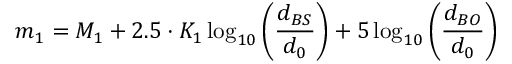
m _ { 1 } = M _ { 1 } + 2 . 5 \cdot K _ { 1 } \log _ { 1 0 } { \left( { \frac { d _ { B S } } { d _ { 0 } } } \right) } + 5 \log _ { 1 0 } { \left( { \frac { d _ { B O } } { d _ { 0 } } } \right) }